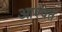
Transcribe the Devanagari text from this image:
आश्वत